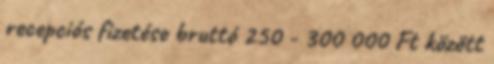
recepciós fizetése bruttó 250 - 300 000 Ft között